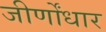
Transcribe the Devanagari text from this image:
जीर्णोंधार